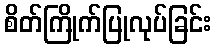
စိတ်ကြိုက်ပြုလုပ်ခြင်း